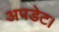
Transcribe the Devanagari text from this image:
अपडेट।